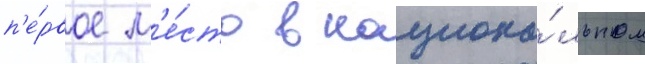
п'е́рвое м'е́сто в национа́льном